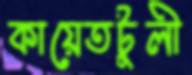
কায়েতটুলী